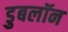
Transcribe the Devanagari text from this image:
डुबलॉन